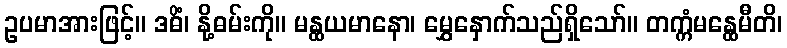
ဥပမာအားဖြင့်။ ဒဓိံ၊ နို့ဓမ်းကို။ မန္ထယမာနော၊ မွှေနှောက်သည်ရှိသော်။ တက္ကံမန္ထေမီတိ၊